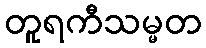
တူရကီသမ္မတ